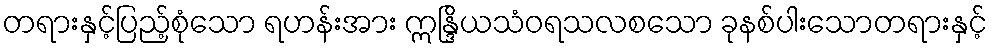
တရားနှင့်ပြည့်စုံသော ရဟန်းအား ဣန္ဒြိယသံဝရသလစသော ခုနစ်ပါးသောတရားနှင့်